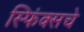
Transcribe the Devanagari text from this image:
स्फिंक्सचे